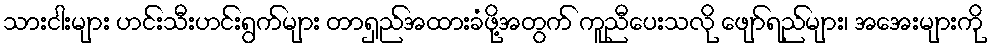
သားငါးများ ဟင်းသီးဟင်းရွက်များ တာရှည်အထားခံဖို့အတွက် ကူညီပေးသလို ဖျော်ရည်များ၊ အအေးများကို